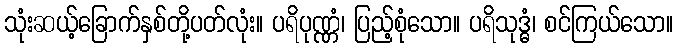
သုံးဆယ့်ခြောက်နှစ်တို့ပတ်လုံး။ ပရိပုဏ္ဏံ၊ ပြည့်စုံသော။ ပရိသုဒ္ဓံ၊ စင်ကြယ်သော။